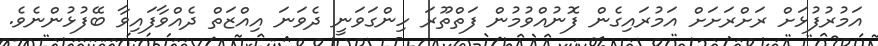
އަމުރުފުޅަށް ރަށްރަށަށް އަމުރައިގެން ފޮނުއްވުމުން ފަތްތޫރަ ހިންގަވަނީ ދެވަނަ އިއްޒަތް ދެއްވާފައިވާ ބޭފުޅުންނެވެ.